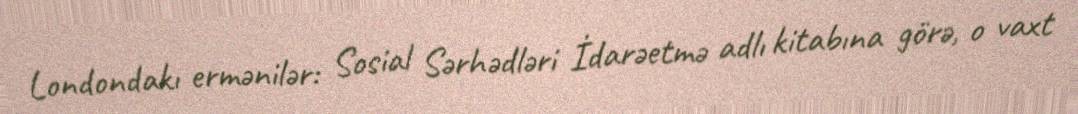
Londondakı ermənilər: Sosial Sərhədləri İdarəetmə adlı kitabına görə, o vaxt